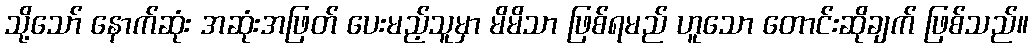
သို့သော် နောက်ဆုံး အဆုံးအဖြတ် ပေးမည့်သူမှာ မိမိသာ ဖြစ်ရမည် ဟူသော တောင်းဆိုချက် ဖြစ်သည်။